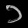
Digit: ၁